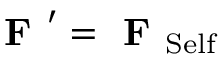
\textbf { F } ^ { \prime } = \textbf { F } _ { \mathrm { S e l f } }